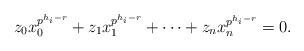
\begin{align*}z_0x_0^{p^{h_i-r}}+z_1x_1^{p^{h_i-r}}+\cdots+z_nx_n^{p^{h_i-r}}=0. \end{align*}